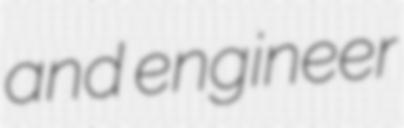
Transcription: and engineer